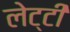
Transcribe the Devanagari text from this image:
लेट्टी